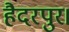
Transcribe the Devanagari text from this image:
हैदरपुर।